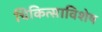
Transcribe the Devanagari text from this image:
चिकित्साविशेष